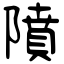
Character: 隫